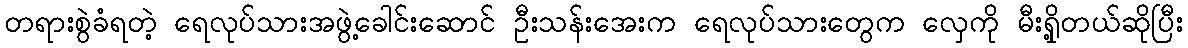
တရားစွဲခံရတဲ့ ရေလုပ်သားအဖွဲ့ခေါင်းဆောင် ဦးသန်းအေးက ရေလုပ်သားတွေက လှေကို မီးရှို့တယ်ဆိုပြီး